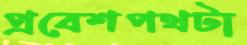
প্রবেশপথটা